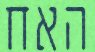
האח